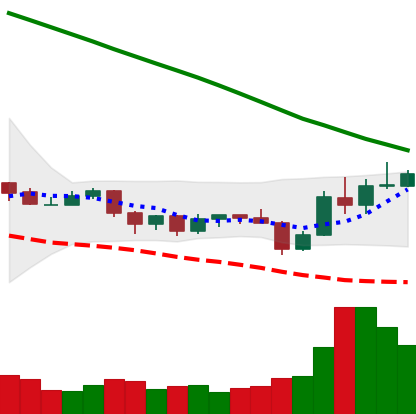
Ticker: ADA-USD
Chart end date: 2019-10-29
Forward return: -3.485%
Label: down_3_5